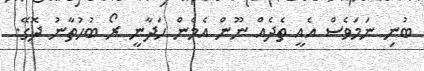
ބުނި ނަމަވެސް އެއީ ތެދެއް ނޫން އެމެން ހަދާނީ ރޯ ބުހުތާނު ދޮގޭ.